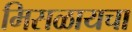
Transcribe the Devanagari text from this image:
मिसळायचा